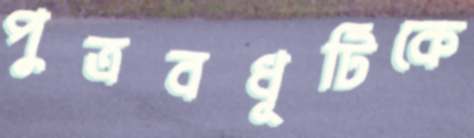
পুত্রবধূটিকে